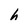
Character: h